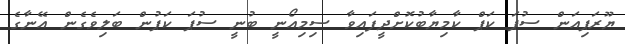
ޔޫރަޕިއަން ސުޕަ ކަޕް ކާމިޔާބުކޮށްދީފައިވާ ސިމިއޯނީ ބުނީ ސުޕަ ކަޕުން ބަލިވެގެން އޭނާގެ